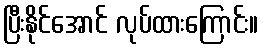
ပြီးနိုင်အောင် လုပ်ထားကြောင်း။